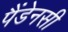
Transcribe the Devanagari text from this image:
पैंडेनसी